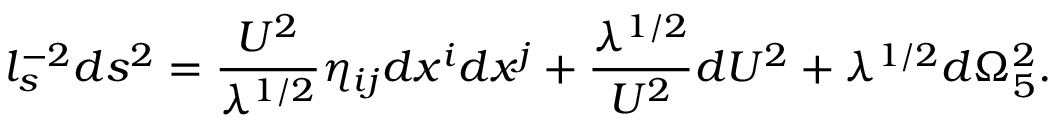
l _ { s } ^ { - 2 } d s ^ { 2 } = { \frac { U ^ { 2 } } { \lambda ^ { 1 / 2 } } } \eta _ { i j } d x ^ { i } d x ^ { j } + { \frac { \lambda ^ { 1 / 2 } } { U ^ { 2 } } } d U ^ { 2 } + \lambda ^ { 1 / 2 } d \Omega _ { 5 } ^ { 2 } .